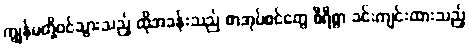
ကျွန်မတို့ဝင်သွားသည့် ထိုအခန်းသည် စာအုပ်စင်တွေ စီရီစွာ ခင်းကျင်းထားသည့်